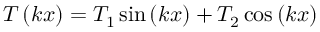
T \left( k x \right) = T _ { 1 } \sin \left( k x \right) + T _ { 2 } \cos \left( k x \right)